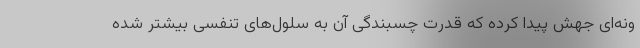
ونه‌ای جهش پیدا کرده که قدرت چسبندگی آن به سلول‌های تنفسی بیشتر شده